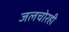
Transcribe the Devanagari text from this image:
जलचोरही